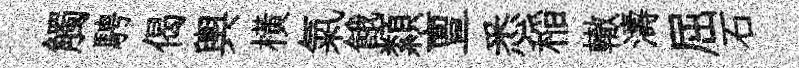
觸騁偈輿横氣餓纇亶悉稲轍濤屈石